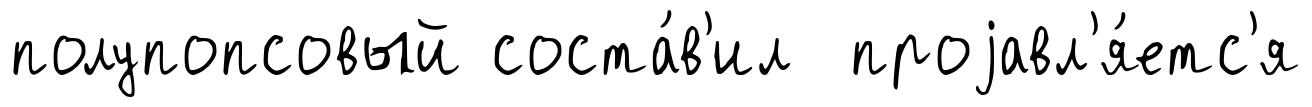
полупопсовый соста́в'ил проjавл'я́етс'я